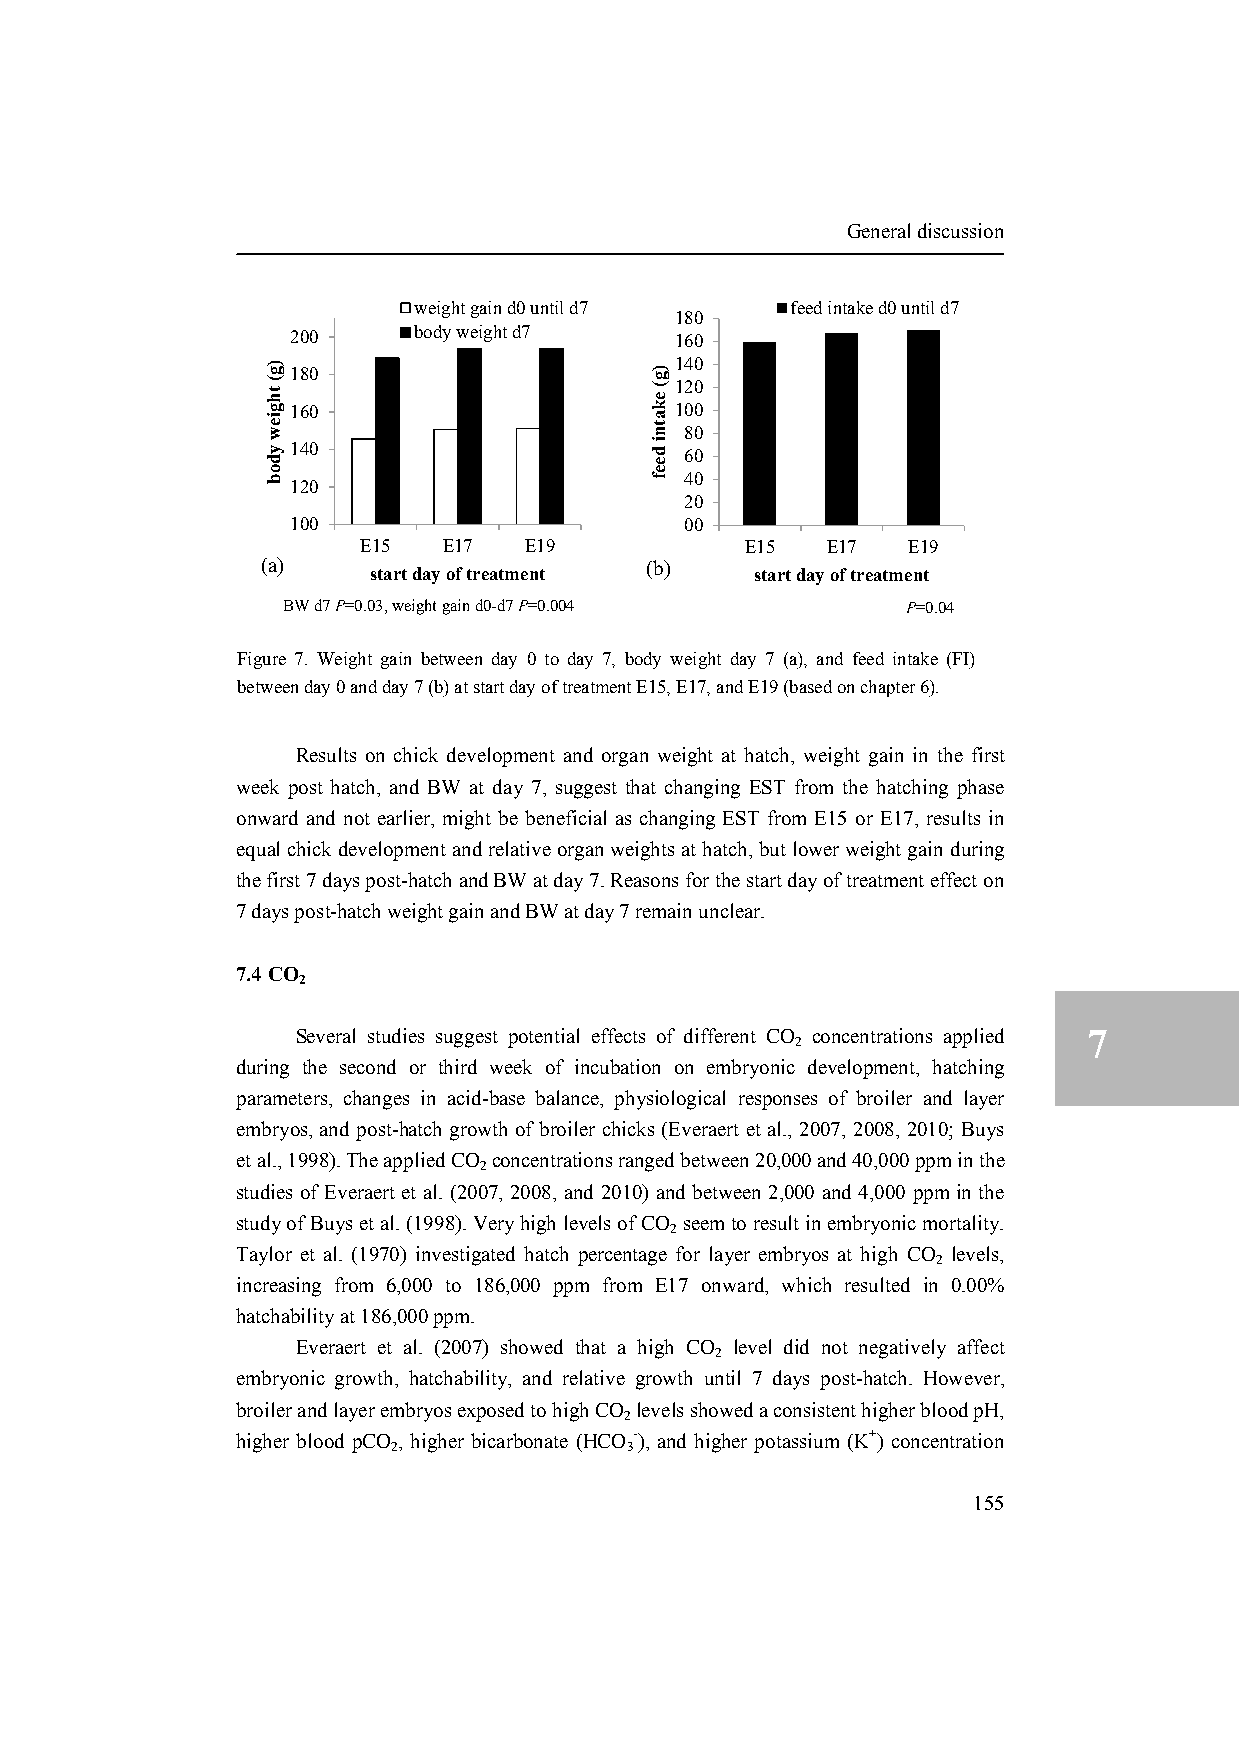
General discussion
 weight gain d0 until d7  feed intake d0 until d7
 180
 200     body weight d7    160
 140 180
 120
 160                       100
 80
 140                       60
 40
 120
 20
 100                       00
 E15  E17   E19           E15   E17  E19
 (a)    start day of treatment (b) start day of treatment
 BW d7 P=0.03, weight gain d0-d7 P=0.004  P=0.04
 Figure 7. Weight gain between day 0 to day 7, body weight day 7 (a), and feed intake (FI)
 between day 0 and day 7 (b) at start day of treatment E15, E17, and E19 (based on chapter 6).
 Results on chick development and organ weight at hatch, weight gain in the first
 week post hatch, and BW at day 7, suggest that changing EST from the hatching phase
 onward and not earlier, might be beneficial as changing EST from E15 or E17, results in
 equal chick development and relative organ weights at hatch, but lower weight gain during
 the first 7 days post-hatch and BW at day 7. Reasons for the start day of treatment effect on
 7 days post-hatch weight gain and BW at day 7 remain unclear.
 7.4 CO
 2
 Several studies suggest potential effects of different CO
 2
 concentrations applied 7
 during the second or third week of incubation on embryonic development, hatching
 parameters, changes in acid-base balance, physiological responses of broiler and layer
 embryos, and post-hatch growth of broiler chicks (Everaert et al., 2007, 2008, 2010; Buys
 et al., 1998). The applied CO concentrations ranged between 20,000 and 40,000 ppm in the
 2
 studies of Everaert et al. (2007, 2008, and 2010) and between 2,000 and 4,000 ppm in the
 study of Buys et al. (1998). Very high levels of CO seem to result in embryonic mortality.
 2
 Taylor et al. (1970) investigated hatch percentage for layer embryos at high CO levels,
 2
 increasing from 6,000 to 186,000 ppm from E17 onward, which resulted in 0.00%
 hatchability at 186,000 ppm.
 Everaert et al. (2007) showed that a high CO level did not negatively affect
 2
 embryonic growth, hatchability, and relative growth until 7 days post-hatch. However,
 broiler and layer embryos exposed to high CO levels showed a consistent higher blood pH,
 2
 higher blood pCO , higher bicarbonate (HCO -), and higher potassium (K+) concentration
 2              3
 155
 )g(
 thgiew
 ydob
 )g(
 ekatni
 deef